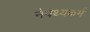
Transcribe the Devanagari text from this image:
नेपथ्यकर्म